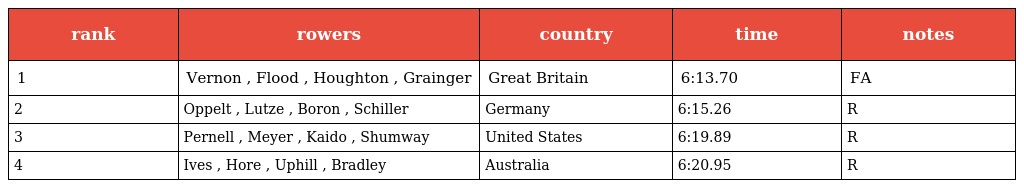
| rank | rowers | country | time | notes |
 | --- | --- | --- | --- | --- |
 | 1 | Vernon , Flood , Houghton , Grainger | Great Britain | 6:13.70 | FA |
 | 2 | Oppelt , Lutze , Boron , Schiller | Germany | 6:15.26 | R |
 | 3 | Pernell , Meyer , Kaido , Shumway | United States | 6:19.89 | R |
 | 4 | Ives , Hore , Uphill , Bradley | Australia | 6:20.95 | R |